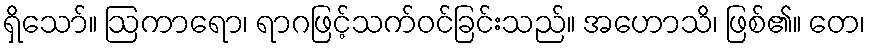
ရှိသော်။ ဩကာရော၊ ရာဂဖြင့်သက်ဝင်ခြင်းသည်။ အဟောသိ၊ ဖြစ်၏။ တေ၊